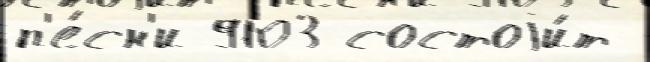
п'е́сн'и 9103 состоjи́т